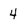
Character: 4